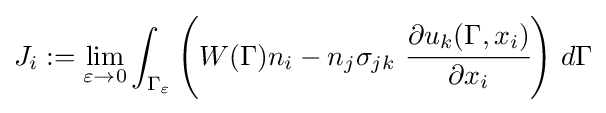
J_{i}:=\lim _{\varepsilon \rightarrow 0}\int _{\Gamma _{\varepsilon }}\left(W(\Gamma )n_{i}-n_{j}\sigma _{jk}~{\cfrac {\partial u_{k}(\Gamma ,x_{i})}{\partial x_{i}}}\right)\,d\Gamma